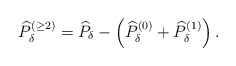
\begin{align*}\widehat{P}_{\delta }^{\left( \geq 2\right) }=\widehat{P}_{\delta }-\left(\widehat{P}_{\delta }^{\left( 0\right) }+\widehat{P}_{\delta }^{\left(1\right) }\right) .\end{align*}